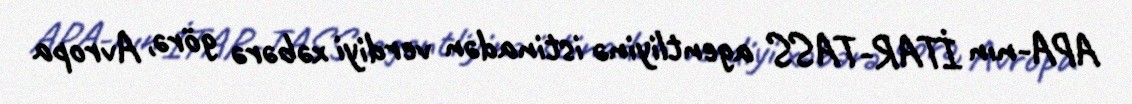
APA-nın İTAR-TASS agentliyinə istinadən verdiyi xəbərə görə, Avropa